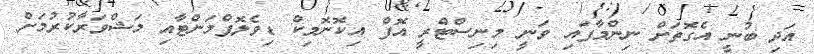
އަދި ބުނީ އެގޮތަށް ނިންމާފައި ވަނީ މިނިސްޓްރީ އޮފް އިކޮނޮމިކް ޑިވެލޮޕްމަންޓާއި މަޝްވަރާކުރުމަށް